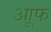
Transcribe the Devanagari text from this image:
आूफ